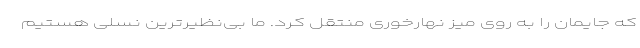
که جایمان را به روی میز نهارخوری منتقل کرد. ما بی‌نظیرترین نسلی هستیم